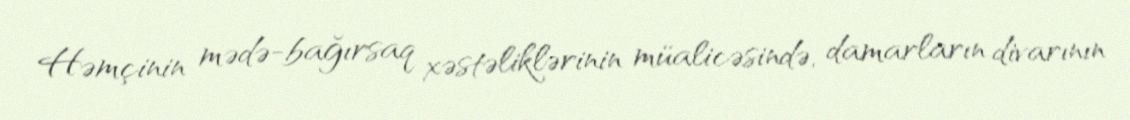
Həmçinin mədə-bağırsaq xəstəliklərinin müalicəsində, damarların divarının